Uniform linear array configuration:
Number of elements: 8
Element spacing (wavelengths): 0.25
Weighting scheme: kaiser
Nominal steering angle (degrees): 15
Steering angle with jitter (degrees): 16.308
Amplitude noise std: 0.05
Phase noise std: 0.05

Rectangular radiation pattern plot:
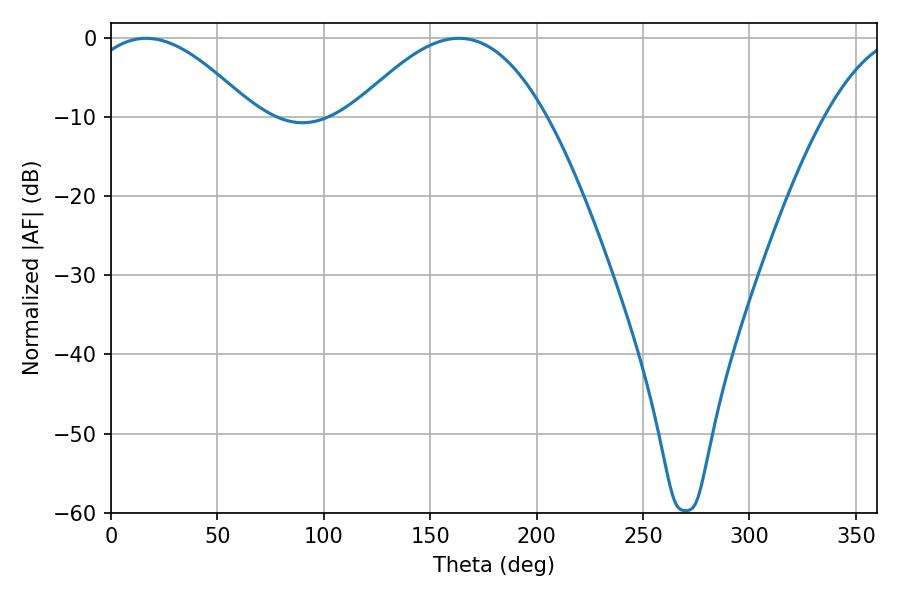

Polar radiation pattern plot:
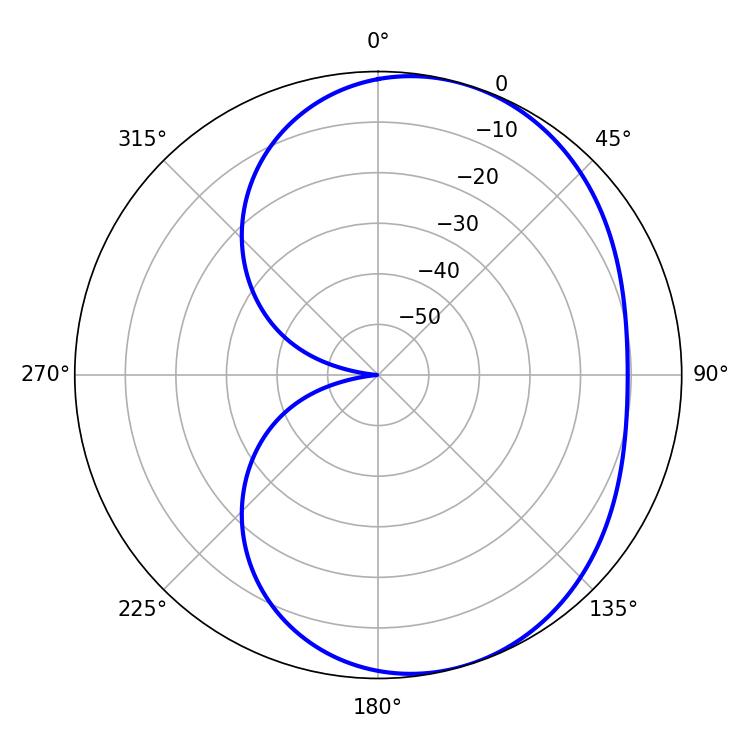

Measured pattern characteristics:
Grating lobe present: FALSE
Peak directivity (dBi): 4.966
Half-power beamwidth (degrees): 42.84
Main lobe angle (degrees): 16.56